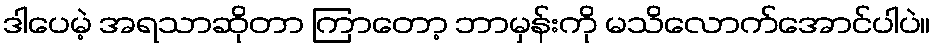
ဒါပေမဲ့ အရသာဆိုတာ ကြာတော့ ဘာမှန်းကို မသိလောက်အောင်ပါပဲ။